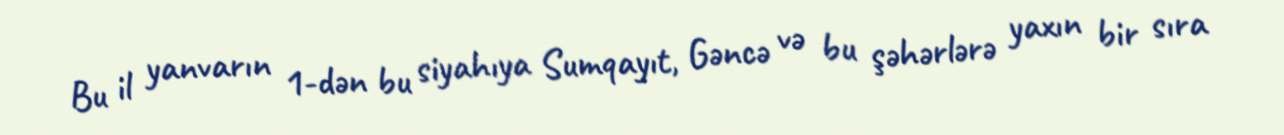
Bu il yanvarın 1-dən bu siyahıya Sumqayıt, Gəncə və bu şəhərlərə yaxın bir sıra